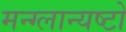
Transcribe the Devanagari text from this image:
मन्ग्लान्यष्टो